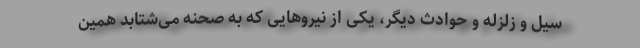
سیل و زلزله و حوادث دیگر، یکی از نیروهایی که به صحنه می‌شتابد همین